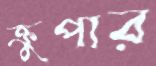
ক্রুপার